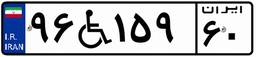
۹۶W۱۵۹۶۰